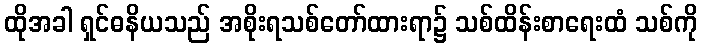
ထိုအခါ ရှင်ဓနိယသည် အစိုးရသစ်တော်ထားရာ၌ သစ်ထိန်းစာရေးထံ သစ်ကို